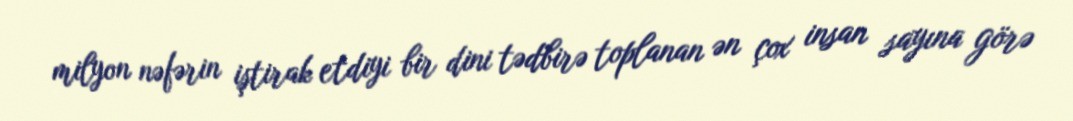
milyon nəfərin iştirak etdiyi bir dini tədbirə toplanan ən çox insan sayına görə